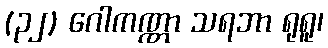
(၃၂) ဂေါကဏ္ဏာ သရဘာ ရုရူ၊